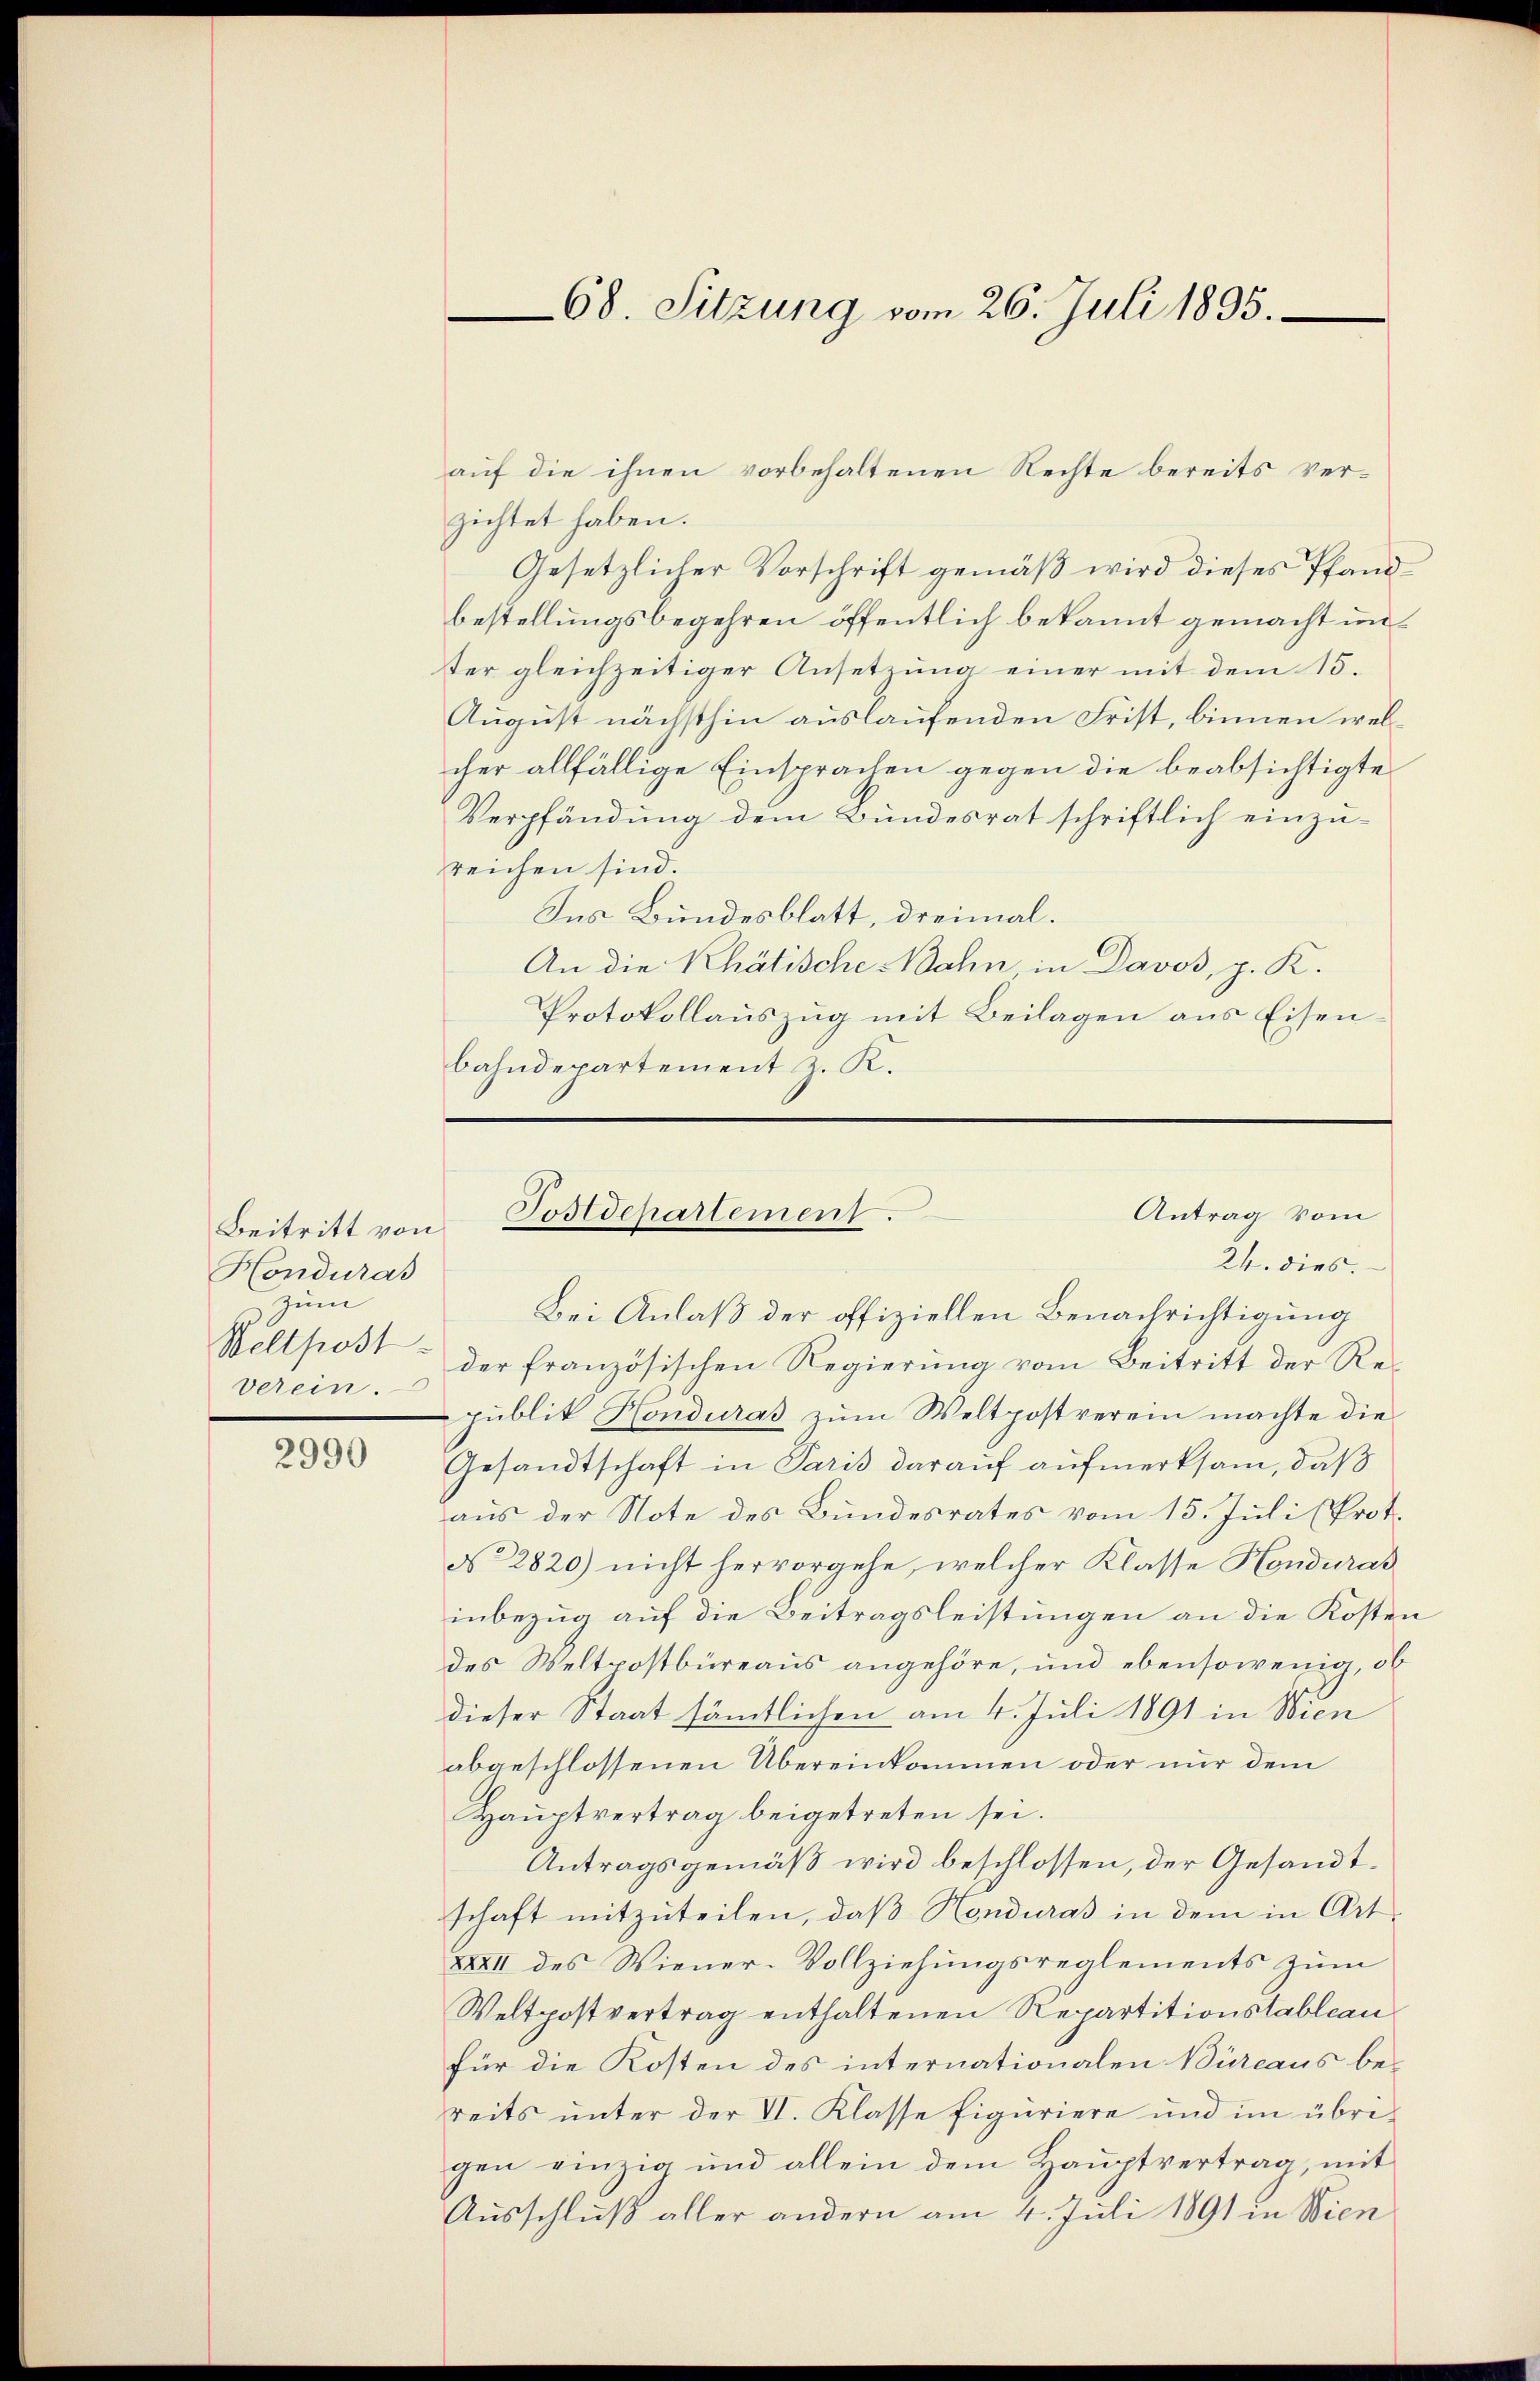
Beitritt von
Honduras
zum
Weltpost
verein.

2990

zichtet haben.
Gesetzlicher Vorschrift gemäß wird dieses Pfandbestellungsbegehren öffentlich bekannt gemacht unter gleichzeitiger Ansetzung einer mit dem 15.
August nächsthin auslaufenden Frist, binnen welcher allfällige Einsprachen gegen die beabsichtigte
Verpfändung dem Bundesrat schriftlich einzureichen sind.
Ins Bundesblatt, dreimal.
An die Khälische Bahn in Davos, p. K.
Protokollauszug mit Beilagen aus Eisenbahndepartement z. K.

68. Sitzung vom 26. Juli 1895.

auf die ihnen vorbehaltenen Rechte bereits ver¬

Antrag vom
Postdepartement.
24. dies.

Bei Anlaß der offiziellen Benachrichtigung
der französischen Regierung vom Beitritt der Republik Honduras zum Weltpostverein machte die
Gesandtschaft in Paris darauf aufmerksam, daß
aus der Note des Bundesrates vom 15. Juli (Prot.
No 2820) nicht hervorgehe, welcher Klasse Honduras
inbezug auf die Beitragsleistungen an die Kosten
des Weltpostbüreaus angehöre, und ebensowenig, ob
dieser Staat sämtlichen am 4. Juli 1891 in Wien
abgeschlossenen Übereinkommen oder nur dem
Hauptvertrag beigetreten sei.
Antragsgemäß wird beschlossen, der Gesandtschaft mitzuteilen, daß Honduras in dem in Art¬
XXXII des Wiener-Vollziehungsreglements zum
Weltpostvertrag enthaltenen Repartitionstableau
für die Kosten des internationalen Büreaus bereits unter der VI. Klasse figuriere und im übrigen einzig und allein dem Hauptvertrag, mit
Ausschluß aller andern am 4. Juli 1891 in Wien